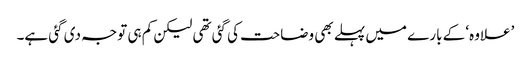
’علاوہ‘ کے بارے میں پہلے بھی وضاحت کی گئی تھی لیکن کم ہی توجہ دی گئی ہے۔